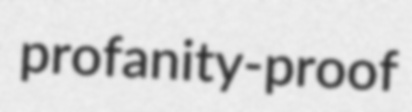
profanity-proof